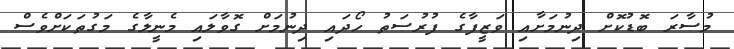
މުސާރަ ބޮޑުކޮށް ދިނުމަށާއި ވަޒީފާގެ ފުރުސަތު ހޯދައި ދިނުމަށް ގޮވާލައި މެނީލާގެ މަގުތަކަށްވެސް